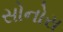
સોનોરા